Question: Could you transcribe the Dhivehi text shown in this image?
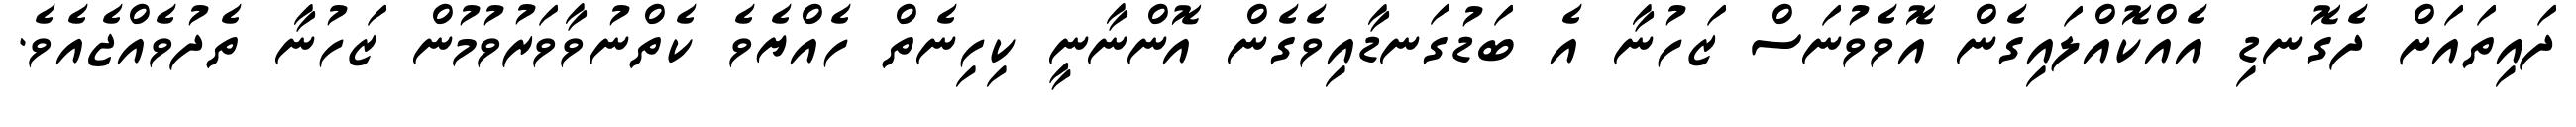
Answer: ދައިތައަށް ދެގޮނޑި އެއްކޮއްލައިގެން އޮވެވުނަސް ޒަހުނާ އެ ބަޑުގަނޑާއިވެގެން އޮންނާނީ ކިހިނެތް ހެއްޔެވެ ކެތްނުވާވަރުވުމުން ޒަހުނާ ތެދުވެއްޖެއެވެ.